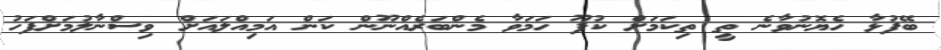
ބޭފުޅާ ހެޔޮނުވާނެ ތީ ތިކަމަށް ކުފޫ ހަމަވާ މެންބަރެއްނޫން ކަން އަމިއްލައަށް ވިސްނާލުމަށްފަހު